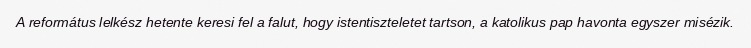
A református lelkész hetente keresi fel a falut, hogy istentiszteletet tartson, a katolikus pap havonta egyszer misézik.